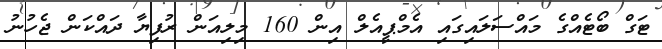
ޓަގް ބޯޓެއްގެ މައްސަލައިގައި އެމްޕީއެލް އިން 160 މިލިއަން ރުފިޔާ ދައްކަން ޖެހުނު